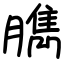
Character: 臇